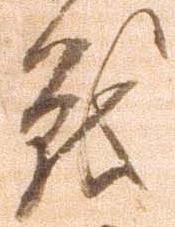
戦